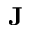
\mathbf { J }